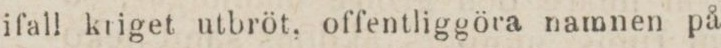
ifall kriget utbröt, offentliggöra namnen på